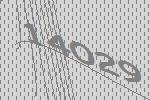
14029